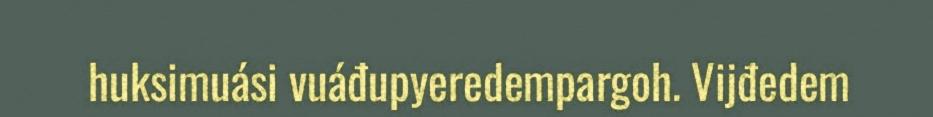
huksimuási vuáđupyeredempargoh. Vijđedem